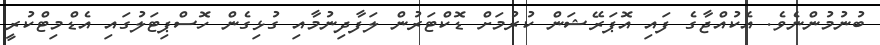
ބުނުމުންނެވެ. އެކުއްޖާގެ ފައި އޮޕަރޭޝަން ކުރުމަށް ޑޮކްޓަރުން ލަފާދިނުމާއި ގުޅިގެން ހޮސްޕިޓަލުގައި އެޑްމިޓްކުރީ